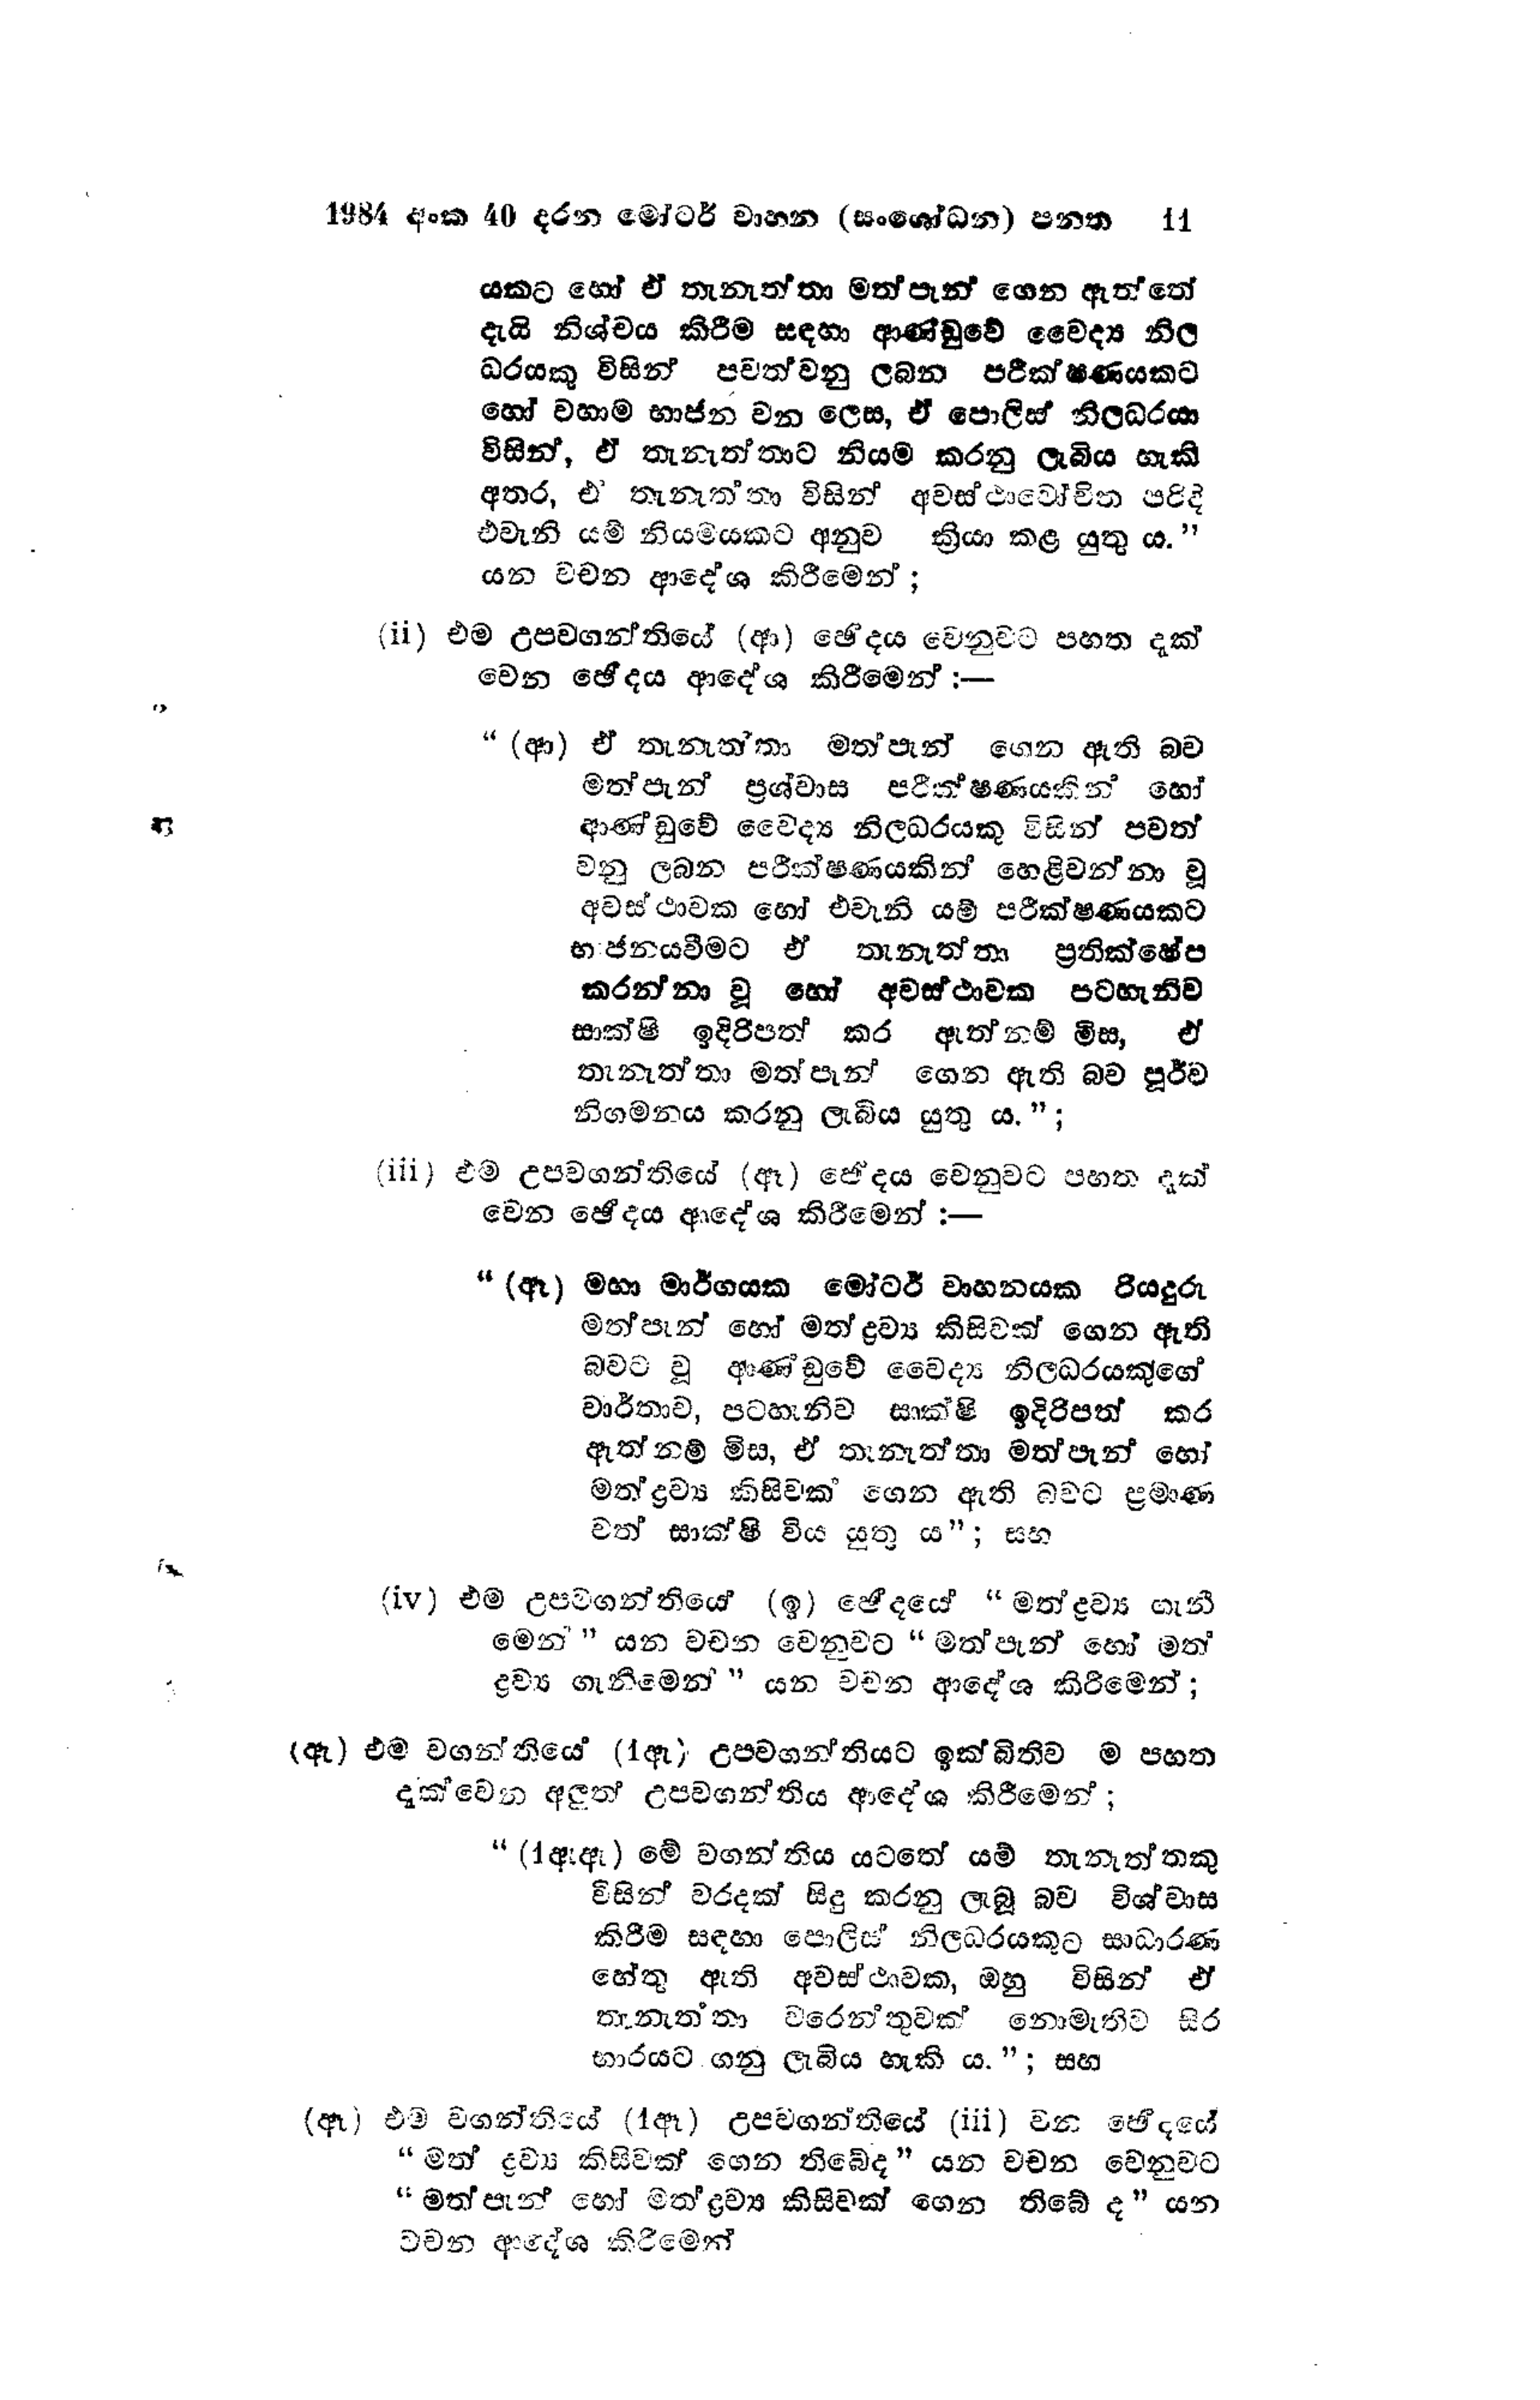
1984 අංක 40 දරන මෝටර් වාහන (සංශෝධන) පනත  11

යකට හෝ ඒ තැනැත්තා මත්පැන් ගෙන ඇත්තේ
දැයි නිශ්චය කිරීම සඳහා ආණ්ඩුවේ වෛද්‍ය නිල
ධරයකු විසින් පවත්වනු ලබන පරීක්ෂණයකට
හෝ වහාම භාජන වන ලෙස, ඒ පොලිස් නිලධරයා
විසින්, ඒ තැනැත්තාට නියම කරනු ලැබිය හැකි
අතර, ඒ තැනැත්තා විසින් අවස්ථාවෝචිත පරිදි
එවැනි යම් නියමයකට අනුව ක්‍රියා කළ යුතු ය."
යන වචන ආදේශ කිරීමෙන්;

(ii) එම උපවගන්තියේ (ආ) ඡේදය වෙනුවට පහත දැක්
වෙන ඡේදය ආදේශ කිරීමෙන් :-

"(ආ) ඒ තැනැත්තා මත්පැන් ගෙන ඇති බව
මත්පැන් ප්‍රශ්වාස පරීක්ෂණයකින් හෝ
ආණ්ඩුවේ වෛද්‍ය නිලධරයකු විසින් පවත්
වනු ලබන පරීක්ෂණයකින් හෙළිවන්නා වූ
අවස්ථාවක හෝ එවැනි යම් පරීක්ෂණයකට
භාජනයවීමට ඒ තැනැත්තා ප්‍රතික්ෂේප
කරන්නා වූ හෝ අවස්ථාවක පටහැනිව
සාක්ෂි ඉදිරිපත් කර ඇත්නම් මිස, ඒ
තැනැත්තා මත්පැන් ගෙන ඇති බව පූර්ව
නිගමනය කරනු ලැබිය යුතු ය. " ;

(iii) එම උපවගන්තියේ (ඈ) ජේදය වෙනුවට පහත දැක්
වෙන ඡේදය ආදේශ කිරීමෙන් :-

"(ඈ) මහා මාර්ගයක මෝටර් වාහනයක රියදුරු
මත්පැන් හෝ මත් ද්‍රව්‍ය කිසිවක් ගෙන ඇති
බවට වූ ආණ්ඩුවේ වෛද්‍ය නිලධරයකුගේ
වාර්තාව, පටහැනිව සාක්ෂි ඉදිරිපත් කර
ඇත්නම් මිස, ඒ තැනැත්තා මත්පැන් හෝ
මත්ද්‍රව්‍ය කිසිවක ගෙන ඇති බවට ප්‍රමාණ
වත් සාක්ෂි විය යුතු ය"; සහ

(iv) එම උපවගන්තියේ (ඉ) ඡේදයේ "මත් ද්‍රව්‍ය ගැනී
මෙන් " යන වචන වෙනුවට "මත්පැන් හෝ මත්
ද්‍රව්‍ය ගැනීමෙන් " යන වචන ආදේශ කිරීමෙන්;

(ඇ) එම වගන්තියේ (1ඇ) උපවගන්තියට ඉක්බිතිව ම පහත
දැක්වෙන අලුත් උපවගන්තිය ආදේශ කිරීමෙන්;

"(1 ඇ ඇ ) මේ වගන්තිය යටතේ යම් තැනැත්තකු
විසින් වරදක් සිදු කරනු ලැබූ බව විශ්වාස
කිරීම සඳහා පොලිස් නිලධරයකුට සාධාරණ
හේතු ඇති අවස්ථාවක, ඔහු විසින් ඒ
තැනැත්තා වරෙන්තුවක් නොමැතිව සිර
භාරයට ගනු ලැබිය හැකි ය.";සහ

(ඈ) එම වගන්තියේ (1ඈ) උපවගන්තියේ (iii) වන ඡේදයේ
"මත් ද්‍රව්‍ය කිසිවක් ගෙන තිබේද" යන වචන වෙනුවට
"මත්පැන් හෝ මත් ද්‍රව්‍ය කිසිවක් ගෙන තිබේ ද " යන
වචන ආදේශ කිරීමෙන්